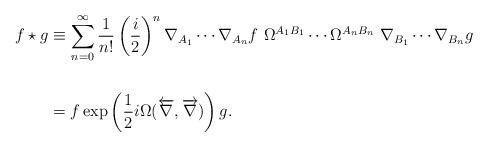
LaTeX: \begin{align*}f\star g &\equiv \sum_{n=0}^{\infty} \frac{1}{n!}\left( \frac{i}{2} \right)^n \nabla_{A_1}\cdots \nabla_{A_n} f\ \Omega^{A_1B_1}\cdots\Omega^{A_nB_n}\ \nabla_{B_1}\cdots\nabla_{B_n} g \\\\&= f \exp \left(\frac{1}{2}i\Omega(\overleftarrow{\nabla},\overrightarrow{\nabla}) \right) g.\end{align*}